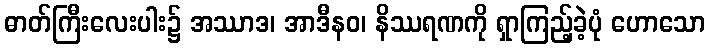
ဓာတ်ကြီးလေးပါး၌ အဿာဒ၊ အာဒီနဝ၊ နိဿရဏကို ရှာကြည့်ခဲ့ပုံ ဟောသော